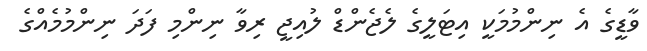
ވާޑީގެ އެ ނިންމުމަކީ އިޓަލީގެ ލެޖެންޑް ލުއިޖީ ރިވާ ނިންމި ފަދަ ނިންމުމެއްގެ